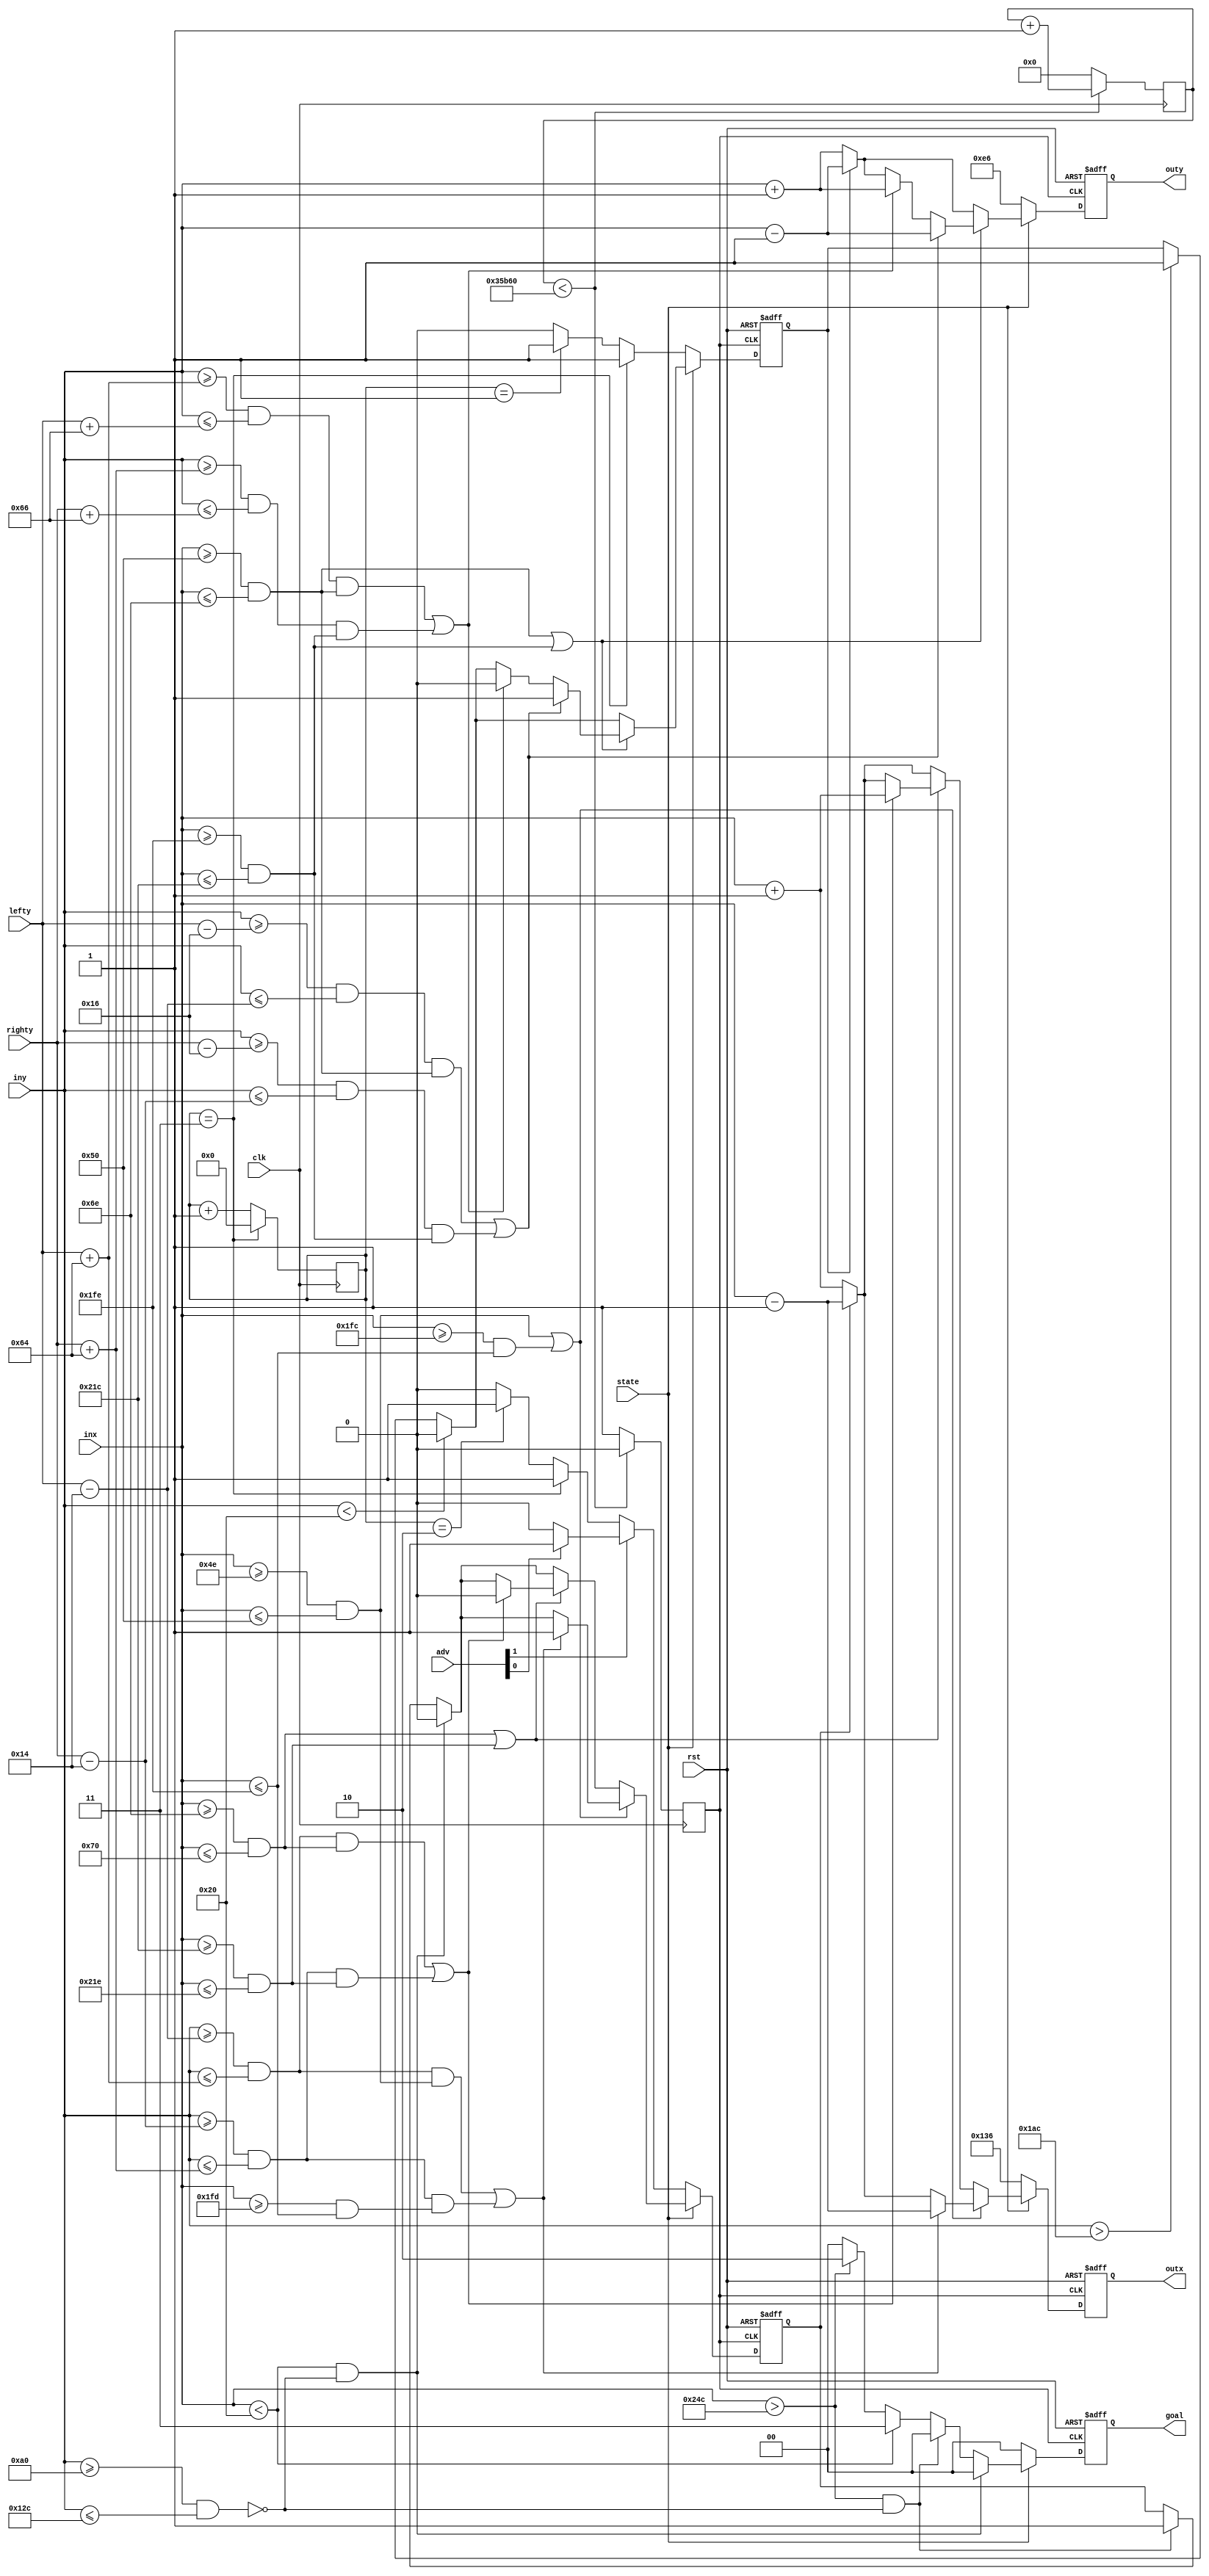
module ball_location (
	input clk,
	input rst,
	input wire [11:0] inx,
	input wire [11:0] iny,
	input wire [11:0] lefty,
	input wire [11:0] righty,
	output reg [11:0] outx,
	output reg [11:0] outy,
	input 		state,
	output reg [1:0] goal,
	input [1:0] adv
);

reg xmov;
reg ymov;

reg [31:0] i = 0;
reg [3:0] rando = 0;
reg milliclk = 1'b0;

always@(posedge clk)
	begin
		if (i < 220000)
		begin
			i <= i + 1;
			milliclk <= 1'b0;
		end
		else
		begin
			i <= 0;
			milliclk <= 1'b1;
		end
		
		if (rando == 3)
		begin
			rando <= 0;
		end
		else
		begin
			rando <= rando + 4'd1;
		end
	end


// ball is 20px by 20px

always @(posedge milliclk or negedge rst)
begin
	if (!rst)
	begin
		outx <= 310;
		outy <= 230;
		xmov <= 0; //(rando == 3) ? 1 : (rando == 2 ? 1 : 0);
		ymov <= 0; // rando == 3 ? 1 : (rando == 1 ? 1 : 0);
		goal <= 2'b00;
	end
	else
	begin
		if (!state)
		begin
			outx <= 310;
			outy <= 230;
			xmov <= (adv[1]) ? (adv[0] ? 1'b1 : 1'b0) : ((rando == 3) ? 1'b1 : (rando == 2 ? 1'b1 : 1'b0));
			ymov <= (rando == 4'd3) ? 1'b1 : (rando == 4'd1 ? 1'b1 : 1'b0);
			goal <= 2'b00;
		end
		else
		begin
			if (inx < 32 && !(iny >= 160 && iny <= 300))
			begin
				xmov <= 0;
				goal <= 2'b00;
			end
			else if (inx > 588 && !(iny >= 160 && iny <= 300))
			begin
				xmov <= 1;
				goal <= 2'b00;
			end
			else if (inx < 32)
			begin
				goal <= 2'b11;
				outx <= 310;
				outy <= 230;
			end
			else if (inx > 588)
			begin
				goal <= 2'b10;
				outx <= 310;
				outy <= 230;
			end
			else
			begin
				goal <= 2'b00;
			end
			
			if (iny < 32)
				ymov <= 0;
			else if (iny > 428)
				ymov <= 1;
				
			if ((inx >= 78 && inx <= 80) || (inx >= 508 && inx <= 510))
			begin
				if ((iny >= lefty - 10'd20 && iny <= lefty + 100 && (inx >= 78 && inx <= 80)) || (iny >= righty - 10'd20 && iny <= righty + 100 && (inx >= 509 && inx <= 510)))
				begin
					xmov <= 1;
					outx <= inx - 10'd1;
					
				end
				else
				begin
					if (xmov)
					outx <= inx - 10'd1;
				else
					outx <= inx + 10'd1;
				end
			end
			else if ((inx >= 110 && inx <= 112) || (inx >= 540 && inx <= 542))
			begin
				if ((iny >= lefty - 10'd20 && iny <= lefty + 100 && (inx >= 110 && inx <= 112)) || (iny >= righty - 10'd20 && iny <= righty + 100 && (inx >= 540 && inx <= 542)))
				begin
					xmov <= 0;
					outx <= inx + 10'd1;
					
				end
				else
				begin
					if (xmov)
					outx <= inx - 10'd1;
				else
					outx <= inx + 10'd1;
				end
			end
			else 
			begin
				if (xmov)
					outx <= inx - 10'd1;
				else
					outx <= inx + 10'd1;

			end
			
			if ((inx >= 80 && inx <= 110) || (inx >= 510 && inx <= 540))
			begin
				if ((iny >= lefty - 10'd22 && iny <= lefty - 10'd20 && (inx >= 80 && inx <= 110)) || (iny >= righty - 10'd22 && iny <= righty - 10'd20 && (inx >= 510 && inx <= 540)))
				begin
					ymov <= 1;
					outy <= iny - 10'd1;
				end
				else if ((iny >= lefty + 100 && iny <= lefty + 102 && (inx >= 80 && inx <= 110)) || (iny >= righty + 100 && iny <= righty + 102 && (inx >= 510 && inx <= 540)))
				begin
					ymov <= 0;
					outy <= iny + 10'd1;
				end
				else
				begin
					if (ymov)
						outy <= iny - 10'd1;
					else
						outy <= iny + 10'd1;
				end
			end
			else
			begin
				if (ymov)
					outy <= iny - 10'd1;
				else
					outy <= iny + 10'd1;
			end
			
		end
		
//		if (ymov)
//			outy <= iny - 10'd5;
//		else
//			outy <= iny + 10'd5;
	end


end




endmodule